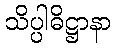
သိပ္ပါဓိဋ္ဌာနာ